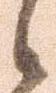
候